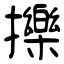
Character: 擽